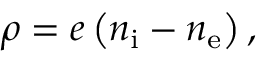
\rho = e \left( n _ { \mathrm { i } } - n _ { \mathrm { e } } \right) ,